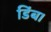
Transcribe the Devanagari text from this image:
डिंब।